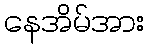
နေအိမ်အား